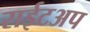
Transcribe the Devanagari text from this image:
राईटअप